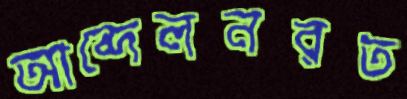
আন্দেলনরত